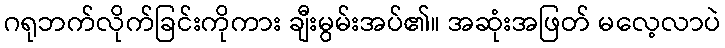
ဂရုဘက်လိုက်ခြင်းကိုကား ချီးမွမ်းအပ်၏။ အဆုံးအဖြတ် မလေ့လာပဲ